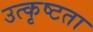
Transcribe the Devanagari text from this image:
उत्कृष्‍टता